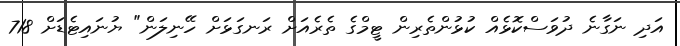
އަދި ނަގާނެ ދުވަސްކޮޅެއް ކުޅުންތެރިން ޓީމްގެ ތެރެއަށް ރަނގަޅަށް ހޭނިލަން" ޔުނައިޓެޑަށް 718